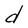
Character: d